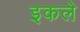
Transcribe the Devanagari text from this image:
इकले